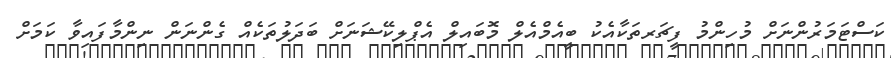
ކަސްޓަމަރުންނަށް މުހިންމު ފީޗަރތަކާއެކު ބީއެމްއެލް މޮބައިލް އެޕްލިކޭޝަނަށް ބަދަލުތަކެއް ގެންނަން ނިންމާފައިވާ ކަމަށް